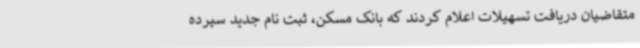
متقاضیان دریافت تسهیلات اعلام کردند که بانک مسکن، ثبت نام جدید سپرده